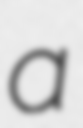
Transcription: a